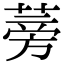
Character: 蒡